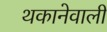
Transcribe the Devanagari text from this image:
थकानेवाली